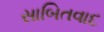
સાબિતવાદ